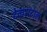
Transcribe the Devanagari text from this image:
टेकसटाल